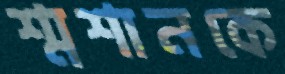
শ্মশানকে